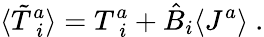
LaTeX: \langle\tilde{T}_{\; i}^{a}\rangle=T_{\; i}^{a}+\hat{B}_{i}\langle J^{a}\rangle~.